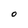
Character: O